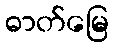
ဓာတ်မြေ